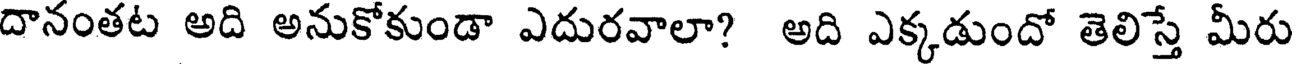
దానంతట అది అనుకోకుండా ఎదురవాలా? అది ఎక్కడుందో తెలిస్తే మీరు